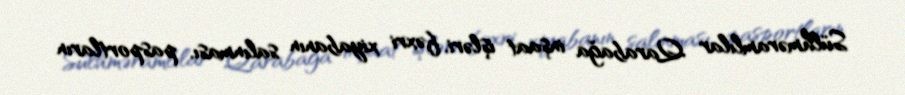
Sülhməramlılar Qarabağa inşaat işləri, fəxri xiyabanın salınması, pasportların